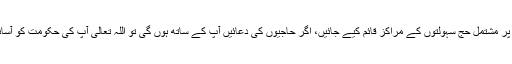
مکہ اور مدینہ میں وزارت حج کی جانب سے حج کے موقع پر مخلص، بے لوث اور فعال افراد پر مشتمل حج سہولتوں کے مراکز قائم کیے جائیں، اگر حاجیوں کی دعائیں آپ کے ساتھ ہوں گی تو اللہ تعالیٰ آپ کی حکومت کو آسانیاں فراہم کرے گا اور پاکستان ایک مضبوط، مستحکم اور اسلامی ریاست میں تبدیل ہوسکے گا۔